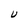
Character: U